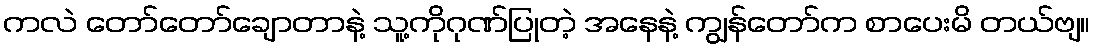
ကလဲ တော်တော်ချောတာနဲ့ သူ့ကိုဂုဏ်ပြုတဲ့ အနေနဲ့ ကျွန်တော်က စာပေးမိ တယ်ဗျ။